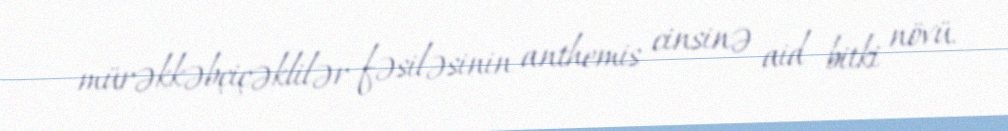
mürəkkəbçiçəklilər fəsiləsinin anthemis cinsinə aid bitki növü.